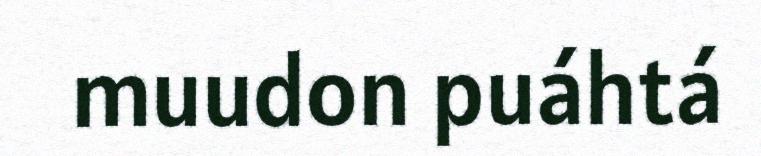
muudon puáhtá